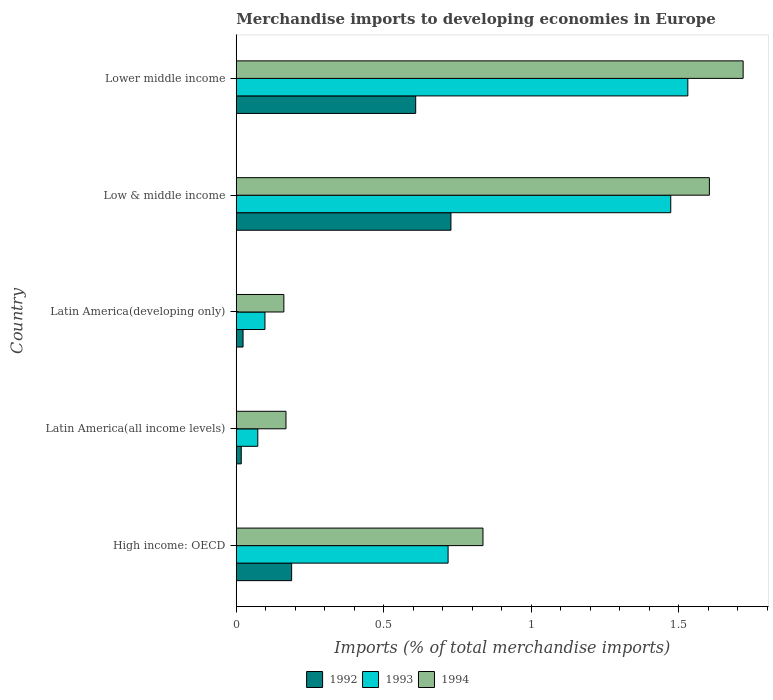
| Country | 1992 | 1993 | 1994 |
 | --- | --- | --- | --- |
 | High income: OECD | 0.188 | 0.718 | 0.836 |
 | Latin America(all income levels) | 0.0169 | 0.073 | 0.169 |
 | Latin America(developing only) | 0.023 | 0.0973 | 0.161 |
 | Low & middle income | 0.728 | 1.47 | 1.6 |
 | Lower middle income | 0.608 | 1.53 | 1.72 |